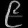
Digit: ၉